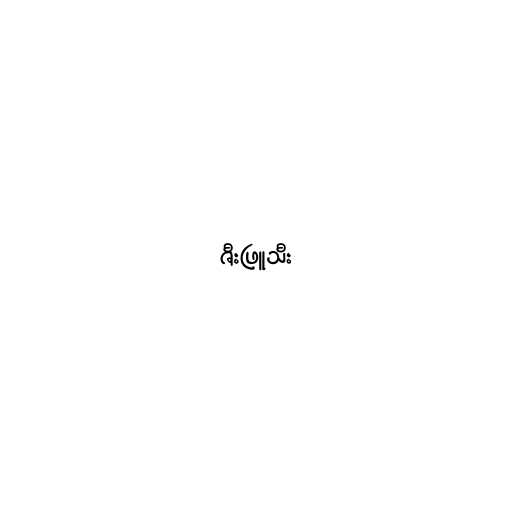
ဇီးဖြူသီး